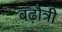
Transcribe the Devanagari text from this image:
बढ़ौत्री